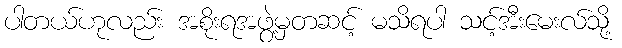
ပါတယ်ဟုလည်း အစိုးရအဖွဲ့မှတဆင့် မသိရပါ သင့်အီးမေးလ်သို့